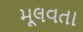
મૂલવતા